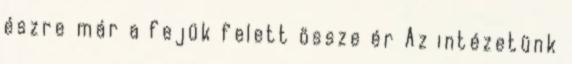
észre már a fejük felett össze ér Az intézetünk